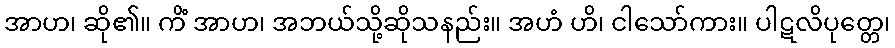
အာဟ၊ ဆို၏။ ကိံ အာဟ၊ အဘယ်သို့ဆိုသနည်း။ အဟံ ဟိ၊ ငါသော်ကား။ ပါဋလိပုတ္တေ၊